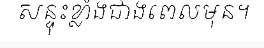
សន្ទុះខ្លាំងជាងពេលមុន។